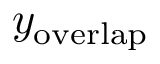
\, y _ { \mathrm { o v e r l a p } }